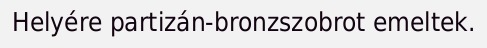
Helyére partizán-bronzszobrot emeltek.